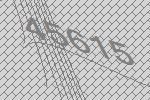
45615